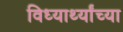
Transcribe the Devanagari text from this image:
विध्यार्थ्यांच्या